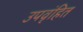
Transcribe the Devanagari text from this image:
उपवृंहित